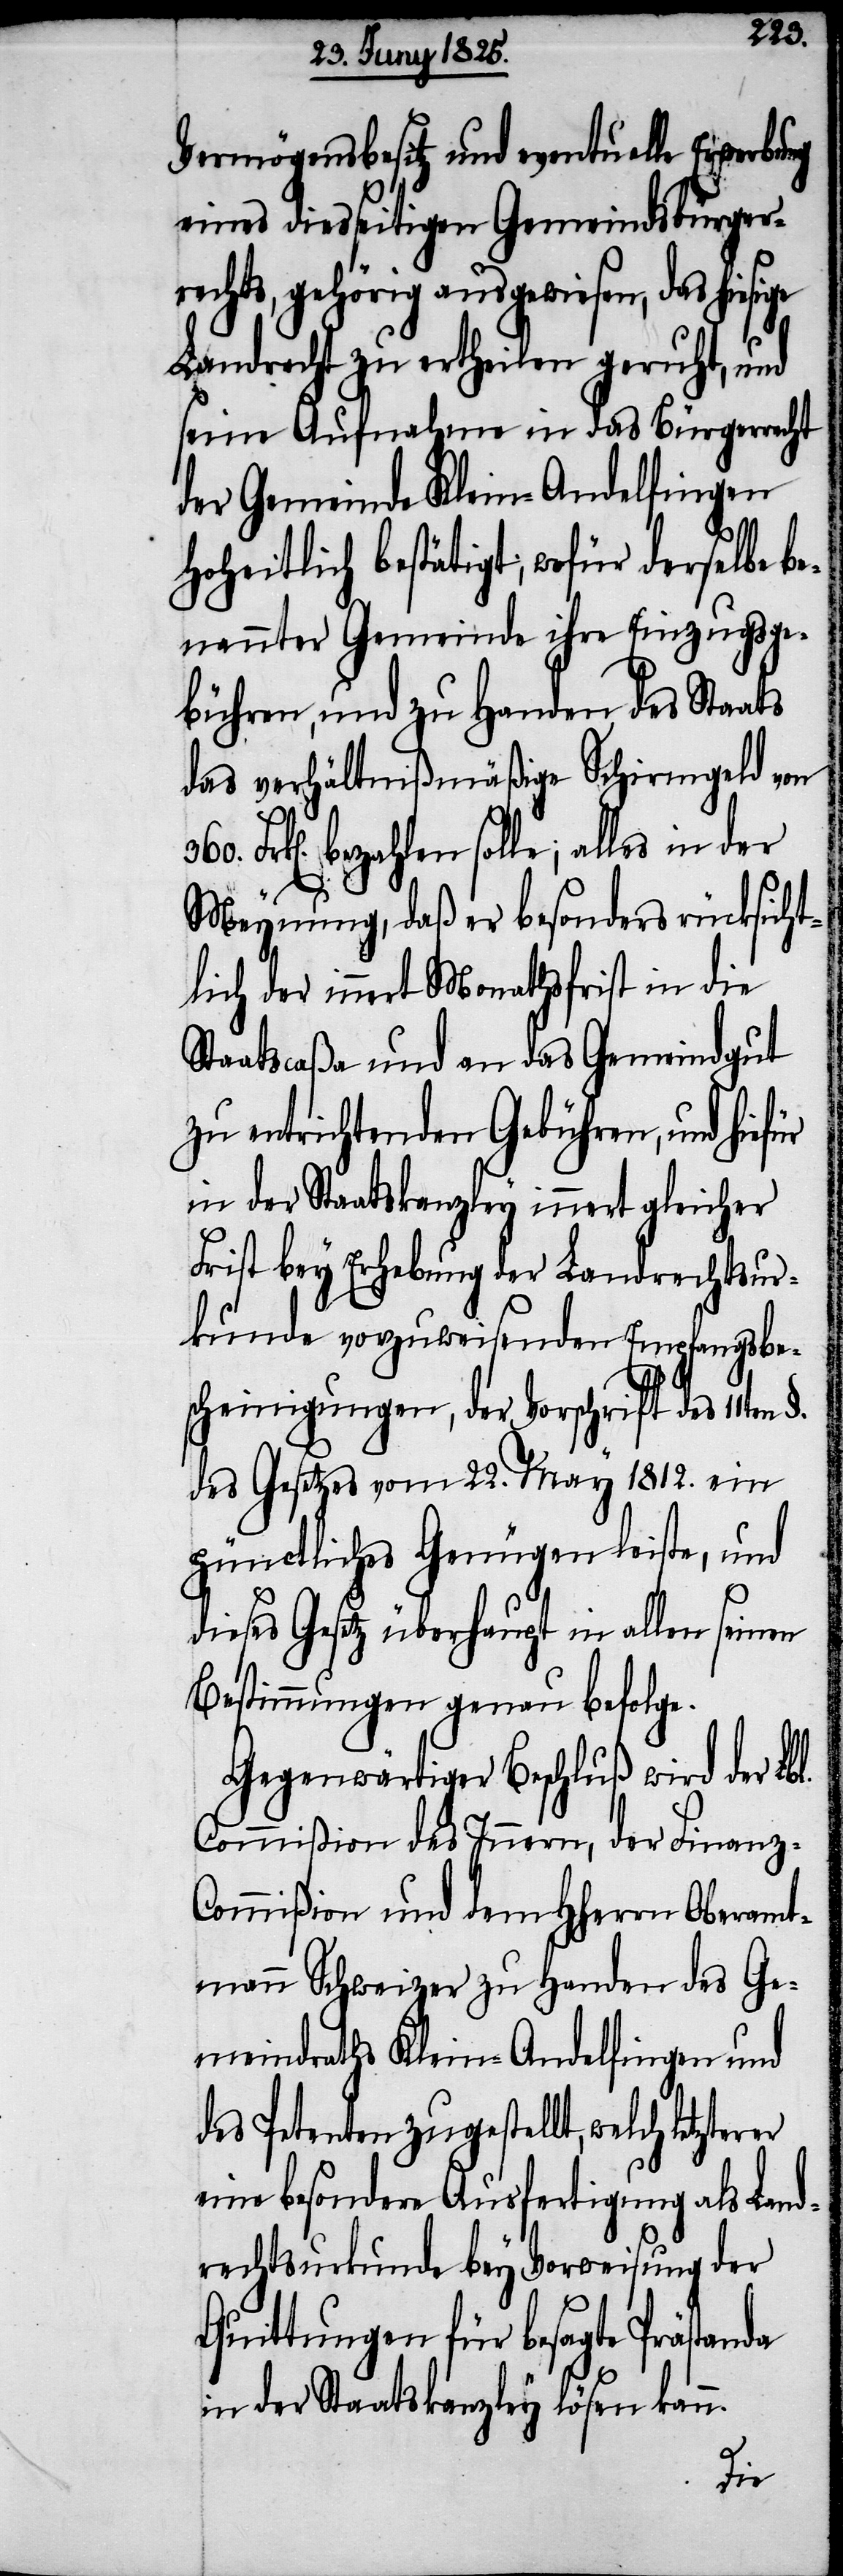
Vermögensbesitz und eventuelle Erwerbung
eines diesseitigen Gemeindsbürgerr¬
echts, gehörig ausgewiesen, das
Landrecht zu ertheilen geruht, und
seine Aufnahme in das Bürgerrecht
der Gemeinde Klein-Andelfingen
Hoheitlich bestätigt; wofür derselbe be¬
nannter Gemeinde ihre Einzugsge¬
bühren, und zu Handen des Staats
das verhältnißmäßige Schirmgeld von
Frk[en]. bezahlen solle; alles in der
Meynung, daß er besonders rücksicht¬
lich der innert Monathsfrist in die
Staatscaßa und an das Gemeindgut
zu entrichtenden Gebühren, und hiefür
in der Staatskanzley innert gleicher
Frist bey Erhebung der Landrechtsur¬
kunde vorzuweisenden Empfangsbe¬
scheinigungen, der Vorschrift des 11ten
des Gesetzes vom 22. May 1812. ein
pünctliches Genügen leiste, und
dieses Gesetz überhaupt in allen seinen
Bestimmungen genau befolge.
Gegenwärtiger Beschluß wird der Lbl.
Commißion des Innern, der Finanz-C¬
ommißion und dem HHerrn Oberamt¬
mann Schweizer zu Handen des Ge¬
meindraths Klein-Andelfingen und
des Petenten zugestellt, welch letz¬
eine besondere Ausfertigung als Land¬
rechtsurkunde bey Vorweisung der
Quittungen für besagte Prästanda
in der Staatskanzley lösen kann.
terer